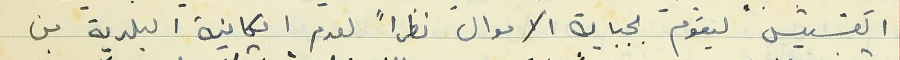
القسيس ليقوم بجباية الاموال نظراً لعدم امكانية البلدية من